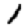
Digit: 1